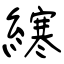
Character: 𫟂